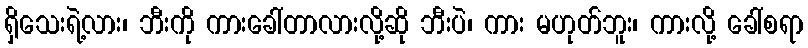
ရှိသေးရဲ့လား၊ ဘီးကို ကားခေါ်တာလားလို့ဆို ဘီးပဲ၊ ကား မဟုတ်ဘူး၊ ကားလို့ ခေါ်စရာ